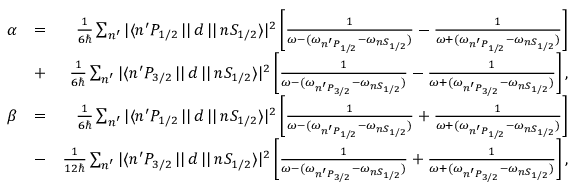
\begin{array} { r l r } { \alpha } & { = } & { \frac { 1 } { 6 \hbar } \sum _ { n ^ { \prime } } { | \langle n ^ { \prime } P _ { 1 / 2 } \, | | \, d \, | | \, n S _ { 1 / 2 } \rangle | ^ { 2 } } \left[ \frac { 1 } { \omega - ( \omega _ { n ^ { \prime } P _ { 1 / 2 } } - \omega _ { n S _ { 1 / 2 } } ) } - \frac { 1 } { \omega + ( \omega _ { n ^ { \prime } P _ { 1 / 2 } } - \omega _ { n S _ { 1 / 2 } } ) } \right] } \\ & { + } & { \frac { 1 } { 6 \hbar } \sum _ { n ^ { \prime } } { | \langle n ^ { \prime } P _ { 3 / 2 } \, | | \, d \, | | \, n S _ { 1 / 2 } \rangle | ^ { 2 } } \left[ \frac { 1 } { \omega - ( \omega _ { n ^ { \prime } P _ { 3 / 2 } } - \omega _ { n S _ { 1 / 2 } } ) } - \frac { 1 } { \omega + ( \omega _ { n ^ { \prime } P _ { 3 / 2 } } - \omega _ { n S _ { 1 / 2 } } ) } \right] , } \\ { \beta } & { = } & { \frac { 1 } { 6 \hbar } \sum _ { n ^ { \prime } } { | \langle n ^ { \prime } P _ { 1 / 2 } \, | | \, d \, | | \, n S _ { 1 / 2 } \rangle | ^ { 2 } } \left[ \frac { 1 } { \omega - ( \omega _ { n ^ { \prime } P _ { 1 / 2 } } - \omega _ { n S _ { 1 / 2 } } ) } + \frac { 1 } { \omega + ( \omega _ { n ^ { \prime } P _ { 1 / 2 } } - \omega _ { n S _ { 1 / 2 } } ) } \right] } \\ & { - } & { \frac { 1 } { 1 2 \hbar } \sum _ { n ^ { \prime } } { | \langle n ^ { \prime } P _ { 3 / 2 } \, | | \, d \, | | \, n S _ { 1 / 2 } \rangle | ^ { 2 } } \left[ \frac { 1 } { \omega - ( \omega _ { n ^ { \prime } P _ { 3 / 2 } } - \omega _ { n S _ { 1 / 2 } } ) } + \frac { 1 } { \omega + ( \omega _ { n ^ { \prime } P _ { 3 / 2 } } - \omega _ { n S _ { 1 / 2 } } ) } \right] , } \end{array}